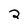
Character: 2